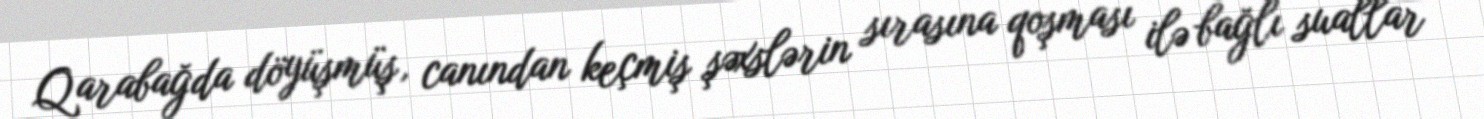
Qarabağda döyüşmüş, canından keçmiş şəxslərin sırasına qoşması ilə bağlı suallar